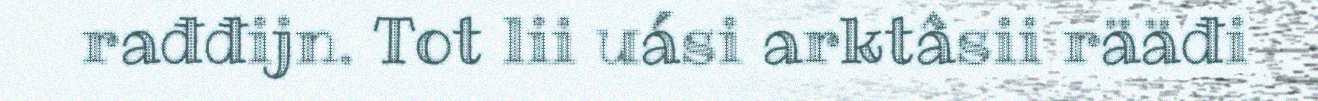
rađđijn. Tot lii uási arktâsii rääđi